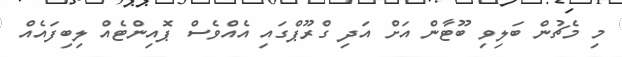
މި މެޗުން ބަލިވި ބޫޓާން އަށް އަދި ގްރޫޕްގައި އެއްވެސް ޕޮއިންޓެއް ލިބިފައެއް